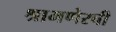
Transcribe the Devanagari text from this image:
श्रामणेरची